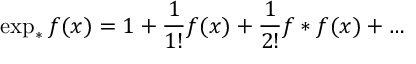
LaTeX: \exp _ { * } f ( x ) = 1 + \frac { 1 } { 1 ! } f ( x ) + \frac { 1 } { 2 ! } f * f ( x ) + \dots